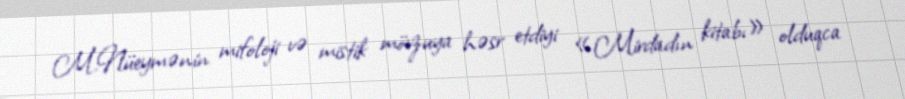
M.Nüeymənin mifoloji və mistik mövzuya həsr etdiyi «Mirdadın kitabı» olduqca